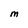
Character: M